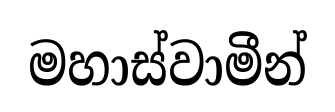
මහාස්වාමීන්